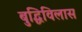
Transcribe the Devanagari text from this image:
बुद्धिविलास